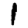
Digit: 1